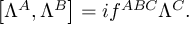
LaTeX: \left[ \Lambda ^ { A } , \Lambda ^ { B } \right] = i f ^ { A B C } \Lambda ^ { C } .